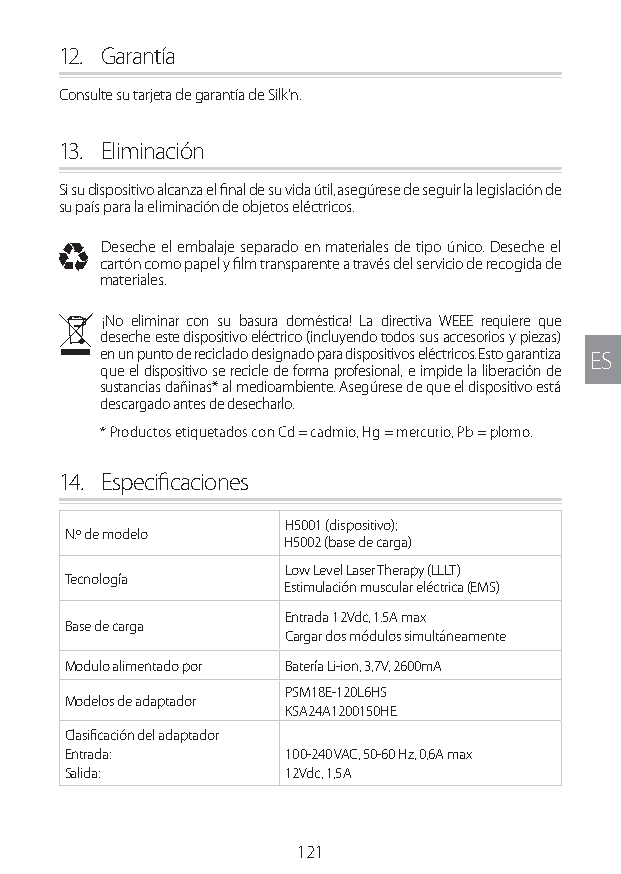
12. Garantía
 Consulte su tarjeta de garantía de Silk’n.
 13. Eliminación
 Si su dispositivo alcanza el final de su vida útil, asegúrese de seguir la legislación de
 su país para la eliminación de objetos eléctricos.
 I Deseche el embalaje separado en materiales de tipo único. Deseche el
 cartón como papel y film transparente a través del servicio de recogida de
 materiales.
 N ¡No eliminar con su basura doméstica! La directiva WEEE requiere que
 deseche este dispositivo eléctrico (incluyendo todos sus accesorios y piezas)
 en un punto de reciclado designado para dispositivos eléctricos. Esto garantiza ES
 que el dispositivo se recicle de forma profesional, e impide la liberación de
 sustancias dañinas* al medioambiente. Asegúrese de que el dispositivo está
 descargado antes de desecharlo.
 * Productos etiquetados con Cd = cadmio, Hg = mercurio, Pb = plomo.
 14. Especificaciones
 H5001 (dispositivo);
 N.º de modelo
 H5002 (base de carga)
 Low Level Laser Therapy (LLLT)
 Tecnología
 Estimulación muscular eléctrica (EMS)
 Entrada 12Vdc, 1.5A max
 Base de carga
 Cargar dos módulos simultáneamente
 Modulo alimentado por Batería Li-ion, 3,7V, 2600mA
 PSM18E-120L6HS
 Modelos de adaptador
 KSA24A1200150HE
 Clasificación del adaptador
 Entrada:       100-240 VAC, 50-60 Hz, 0,6A max
 Salida:        12Vdc, 1,5A
 121
 Lipo UM EU124 3545B inside ALL EU124 ED296-24 release.indd 121 14/08/2018 10:57:39